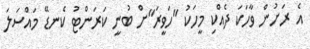
އެ ރަށުން ވާހަކަ ދެއްކި މީހަކު "ހަވީރަ"ށް ބުނީ ކަރަންޓު ކެނޑޭ މައްސަލަ